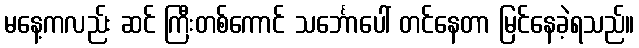
မနေ့ကလည်း ဆင် ကြီးတစ်ကောင် သင်္ဘောပေါ် တင်နေတာ မြင်နေခဲ့ရသည်။